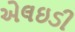
એલઇડી